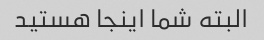
البته شما اینجا هستید